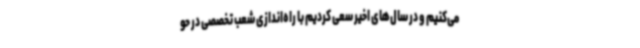
می‌کنیم و در سال‌های اخیر سعی کردیم با راه‌اندازی شعب تخصصی در حو